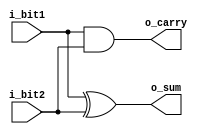
///////////////////////////////////////////////////////////////////////////////
// File Downloaded from http://www.nandland.com
///////////////////////////////////////////////////////////////////////////////
module half_adder
  (
   i_bit1,
   i_bit2,
   o_sum,
   o_carry
   );

  input  i_bit1;
  input  i_bit2;
  output o_sum;
  output o_carry;

  assign o_sum   = i_bit1 ^ i_bit2;  // bitwise xor
  assign o_carry = i_bit1 & i_bit2;  // bitwise and

endmodule // half_adder